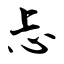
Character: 忐